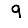
Digit: 9